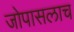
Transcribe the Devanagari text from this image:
जोपासलाच